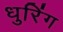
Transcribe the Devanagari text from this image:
धुरिंग